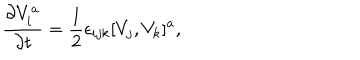
{ \frac { \partial V _ { i } ^ { a } } { \partial t } } = { \frac { 1 } { 2 } } \epsilon _ { i j k } [ V _ { j } , V _ { k } ] ^ { a } ,